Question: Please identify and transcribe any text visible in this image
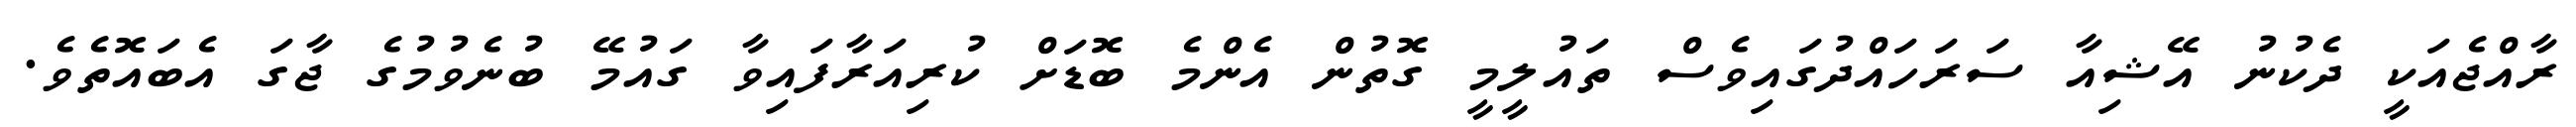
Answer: ރާއްޖެއަކީ ދެކުނު އޭޝިއާ ސަރަހައްދުގައިވެސް ތައުލީމީ ގޮތުން އެންމެ ބޮޑަށް ކުރިއަރާފައިވާ ގައުމޭ ބުނެވުމުގެ ޖާގަ އެބައޮތެވެ.